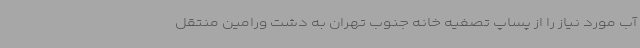
آب مورد نیاز را از پساپ تصفیه خانه جنوب تهران به دشت ورامین منتقل